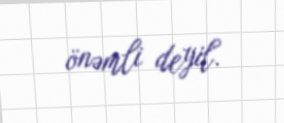
önəmli deyil.